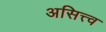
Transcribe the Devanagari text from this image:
असित्त्व